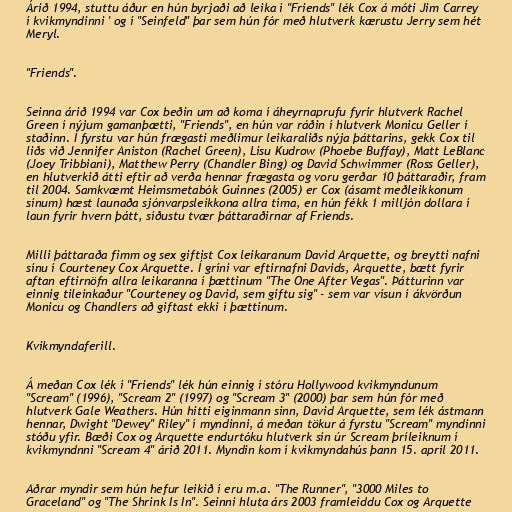
Árið 1994, stuttu áður en hún byrjaði að leika í "Friends" lék Cox á móti Jim Carrey
í kvikmyndinni ' og í "Seinfeld" þar sem hún fór með hlutverk kærustu Jerry sem hét
Meryl.

"Friends".

Seinna árið 1994 var Cox beðin um að koma í áheyrnaprufu fyrir hlutverk Rachel
Green í nýjum gamanþætti, "Friends", en hún var ráðin í hlutverk Monicu Geller í
staðinn. Í fyrstu var hún frægasti meðlimur leikaraliðs nýja þáttarins, gekk Cox til
liðs við Jennifer Aniston (Rachel Green), Lisu Kudrow (Phoebe Buffay), Matt LeBlanc
(Joey Tribbiani), Matthew Perry (Chandler Bing) og David Schwimmer (Ross Geller),
en hlutverkið átti eftir að verða hennar frægasta og voru gerðar 10 þáttaraðir, fram
til 2004. Samkvæmt Heimsmetabók Guinnes (2005) er Cox (ásamt meðleikkonum
sínum) hæst launaða sjónvarpsleikkona allra tíma, en hún fékk 1 milljón dollara í
laun fyrir hvern þátt, síðustu tvær þáttaraðirnar af Friends.

Milli þáttaraða fimm og sex giftist Cox leikaranum David Arquette, og breytti nafni
sínu í Courteney Cox Arquette. Í gríni var eftirnafni Davids, Arquette, bætt fyrir
aftan eftirnöfn allra leikaranna í þættinum "The One After Vegas". Þátturinn var
einnig tileinkaður "Courteney og David, sem giftu sig" - sem var vísun í ákvörðun
Monicu og Chandlers að giftast ekki í þættinum.

Kvikmyndaferill.

Á meðan Cox lék í "Friends" lék hún einnig í stóru Hollywood kvikmyndunum
"Scream" (1996), "Scream 2" (1997) og "Scream 3" (2000) þar sem hún fór með
hlutverk Gale Weathers. Hún hitti eiginmann sinn, David Arquette, sem lék ástmann
hennar, Dwight "Dewey" Riley" í myndinni, á meðan tökur á fyrstu "Scream" myndinni
stóðu yfir. Bæði Cox og Arquette endurtóku hlutverk sín úr Scream þríleiknum í
kvikmyndnni "Scream 4" árið 2011. Myndin kom í kvikmyndahús þann 15. apríl 2011.

Aðrar myndir sem hún hefur leikið í eru m.a. "The Runner", "3000 Miles to
Graceland" og "The Shrink Is In". Seinni hluta árs 2003 framleiddu Cox og Arquette